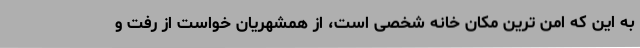
به این که امن ترین مکان خانه شخصی است، از همشهریان خواست از رفت و